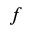
f